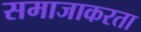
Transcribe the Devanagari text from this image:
समाजाकरता